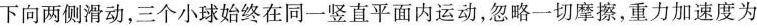
下向两侧滑动，三个小球始终在同一竖直平面内运动，忽略一切摩擦，重力加速度为